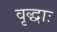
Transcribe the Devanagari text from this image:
वृद्धाः